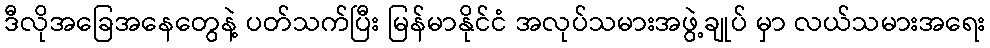
ဒီလိုအခြေအနေတွေနဲ့ ပတ်သက်ပြီး မြန်မာနိုင်ငံ အလုပ်သမားအဖွဲ့ချုပ် မှာ လယ်သမားအရေး